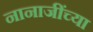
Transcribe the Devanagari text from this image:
नानाजींच्या